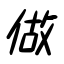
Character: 做